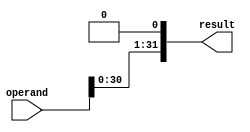
module shiftl1(operand, result);
	input [31:0] operand;
	output [31:0] result;
	
	assign result[31:1] = operand[30:0];
	assign result[0] = 1'b0;
	
endmodule